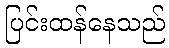
ပြင်းထန်နေသည်